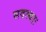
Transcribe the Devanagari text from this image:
सदस्याः